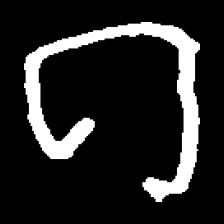
Pyu character \u2014 Myanmar letter: ဂ (romanized: ga)